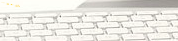
TRY OUR PIZZA